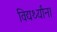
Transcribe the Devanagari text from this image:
विद्यर्थ्यांना